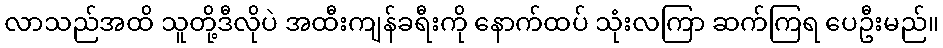
လာသည်အထိ သူတို့ဒီလိုပဲ အထီးကျန်ခရီးကို နောက်ထပ် သုံးလကြာ ဆက်ကြရ ပေဦးမည်။